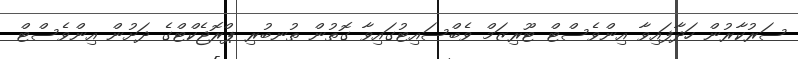
ސަރުކާރުން ހަދާފައިވާ އިންވެސްޓް ޓޫރިޒަމް ވެބްސައިޓުގައިވާ ގޮތުން ތުނބުރި ޕްރޮޖެކްޓްގެ ދަށުން އިންވެސްޓް